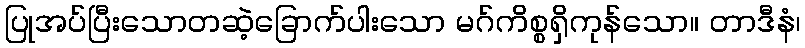
ပြုအပ်ပြီးသောတဆဲ့ခြောက်ပါးသော မဂ်ကိစ္စရှိကုန်သော။ တာဒီနံ၊